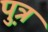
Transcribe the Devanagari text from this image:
प़ुत्र